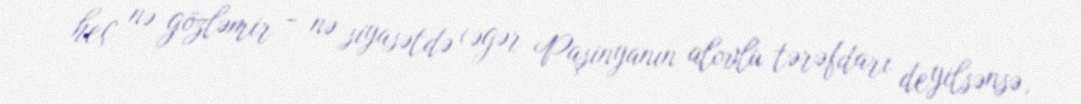
heç nə gözləmir - nə siyasətdə (əgər Paşinyanın alovlu tərəfdarı deyilsənsə,